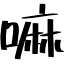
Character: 嘛